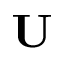
\mathbf { U }